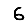
Digit: 6